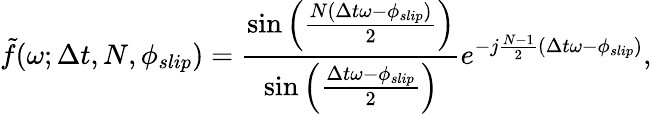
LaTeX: \tilde{f}(\omega;\Delta t,N,\phi_{slip})=\frac{\sin\left(\frac{N(\Delta t\omega-\phi_{slip})}{2}\right)}{\sin\left(\frac{\Delta t\omega-\phi_{slip}}{2}\right)}e^{-j\frac{N-1}{2}(\Delta t\omega-\phi_{slip})},